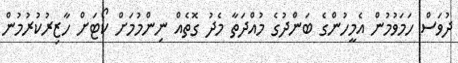
ދުވަސް ހަމަވުމުން އެމީހުންގެ ބަންދުގެ މުއްދަތާ މެދު ގޮތެއް ނިންމުމަށް ކޯޓަށް ހާޒިރުކުރުމުން